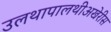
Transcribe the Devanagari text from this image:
उलथापालथीअखेरीस